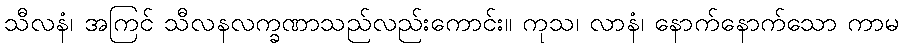
သီလနံ၊ အကြင် သီလနလက္ခဏာသည်လည်းကောင်း။ ကုသ၊ လာနံ၊ နောက်နောက်သော ကာမ